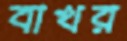
বাখর